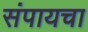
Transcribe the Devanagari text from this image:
संपायचा